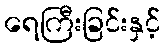
ရေကြီးခြင်းနှင့်